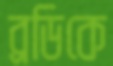
ব্রডিকে